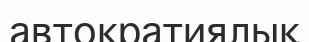
автократиялық